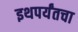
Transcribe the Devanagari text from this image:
इथपर्यंतचा